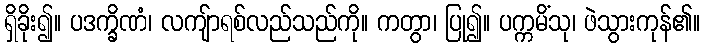
ရှိခိုး၍။ ပဒက္ခိဏံ၊ လကျ်ာရစ်လည်သည်ကို။ ကတွာ၊ ပြု၍။ ပက္ကမိံသု၊ ဖဲသွားကုန်၏။